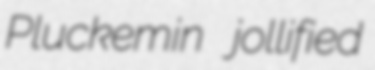
Pluckemin jollified